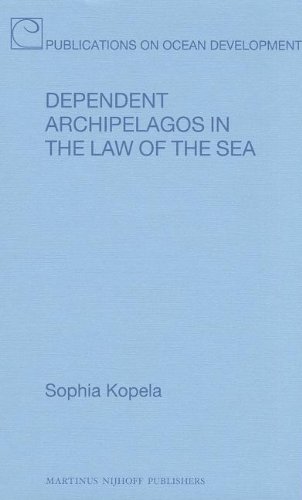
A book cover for Dependent Archipelagos in the Law of the Sea (Publications on Ocean Development); Sophia  Kopela; Law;